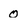
Character: 0